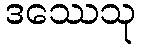
ဒဿေသု